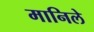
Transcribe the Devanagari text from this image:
मानिले